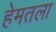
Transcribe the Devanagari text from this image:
हेमतला